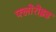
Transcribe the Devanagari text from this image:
फ्लोरोइड